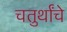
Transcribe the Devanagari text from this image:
चतुर्थांचे